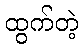
ထွက်တဲ့